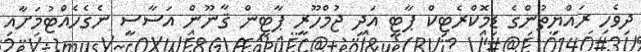
ދިވެހި ރައްޔިތުންގެ ޑިމޮކްރެޓިކް ޕާޓީ އަދި ޖުމްހޫރީ ޕާޓީން ޤާނޫން އަސާސީ ނެގެހެއްޓުމަށާއި